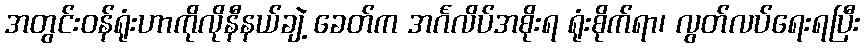
အတွင်းဝန်ရုံးဟာကိုလိုနီနယ်ချဲ့ ခေတ်က အင်္ဂလိပ်အစိုးရ ရုံးစိုက်ရာ၊ လွတ်လပ်ရေးရပြီး